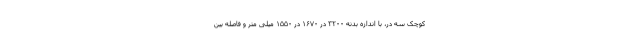
کوچک سه در، با اندازه بدنه ۳۲۰۰ در ۱۶۷۰ در ۱۵۵۰ میلی متر و فاصله بین